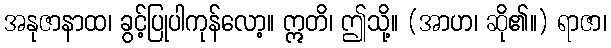
အနုဇာနာထ၊ ခွင့်ပြုပါကုန်လော့။ ဣတိ၊ ဤသို့။ (အာဟ၊ ဆို၏။) ရာဇာ၊